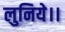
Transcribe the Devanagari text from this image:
लुनिये।।